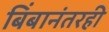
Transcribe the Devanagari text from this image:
बिंबानंतरही